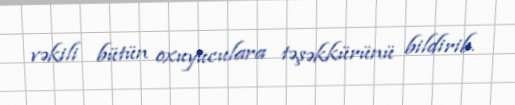
vəkili bütün oxuyuculara təşəkkürünü bildirib.